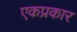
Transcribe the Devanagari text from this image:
एकप्रकार